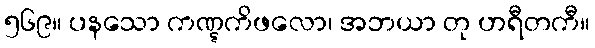
၅၆၉။ ပနသော ကဏ္ဋကိဖလော၊ အဘယာ တု ဟရီတကီ။